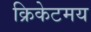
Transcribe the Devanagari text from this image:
क्रिकेटमय